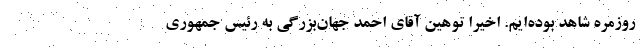
روزمره شاهد بوده‌ایم. اخیرا توهین آقای احمد جهان‌بزرگی به رئیس جمهوری